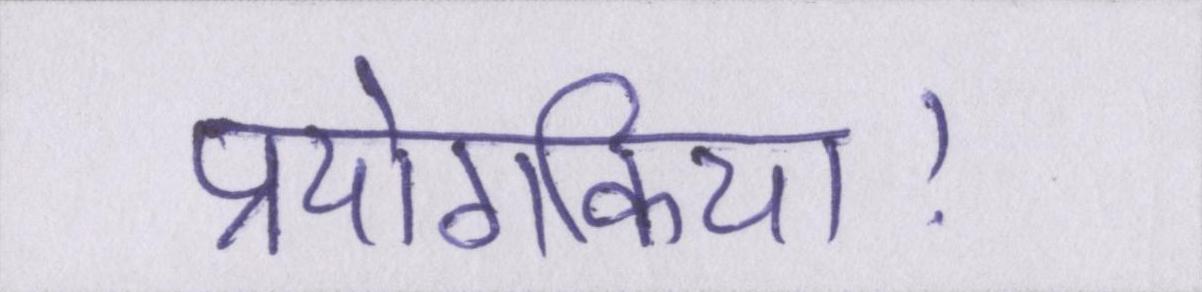
प्रयोगकिया।